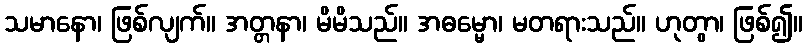
သမာနော၊ ဖြစ်လျက်။ အတ္တနာ၊ မိမိသည်။ အဓမ္မော၊ မတရားသည်။ ဟုတွာ၊ ဖြစ်၍။